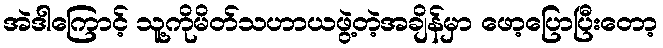
အဲဒါကြောင့် သူ့ကိုမိတ်သဟာယဖွဲ့တဲ့အချိန်မှာ ဖော့ပြောပြီးတော့